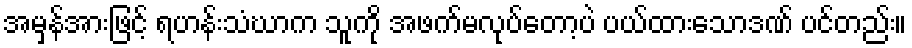
အမှန်အားဖြင့် ရဟန်းသံဃာက သူကို အဖက်မလုပ်တော့ပဲ ပယ်ထားသောဒဏ် ပင်တည်း။